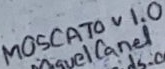
Text: MOSCATO v 1.0